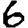
Digit: 6